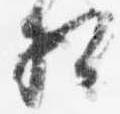
相